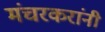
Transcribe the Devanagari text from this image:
मंचरकरांनी